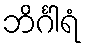
ဘိင်္ဂါရံ